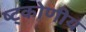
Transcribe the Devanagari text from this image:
ष्ट्कोणीय